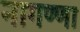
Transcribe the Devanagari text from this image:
नागण्णा